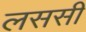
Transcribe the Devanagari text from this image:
लससी